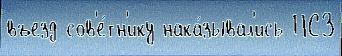
въезд сов'е́тн'ику нака́зывал'ись ПСЗ